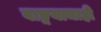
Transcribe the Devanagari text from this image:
वाङ्मयाचाही